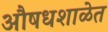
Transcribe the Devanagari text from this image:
औषधशाळेत